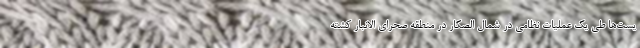
یست‌ها طی یک عملیات نظامی در شمال الصکار در منطقه صحرای الانبار کشته